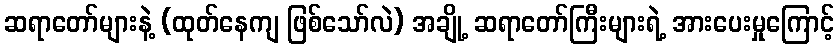
ဆရာတော်များနဲ့ (ထုတ်နေကျ ဖြစ်သော်လဲ) အချို့ ဆရာတော်ကြီးများရဲ့ အားပေးမှုကြောင့်